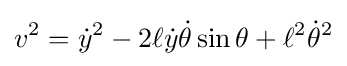
v^{2}={\dot {y}}^{2}-2\ell {\dot {y}}{\dot {\theta }}\sin \theta +\ell ^{2}{\dot {\theta }}^{2}